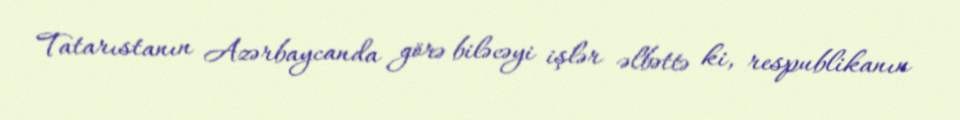
Tatarıstanın Azərbaycanda görə biləcəyi işlər əlbəttə ki, respublikanın